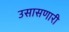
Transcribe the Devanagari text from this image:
उसासणारी